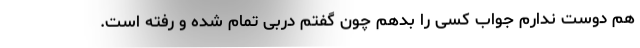
هم دوست ندارم جواب کسی را بدهم چون گفتم دربی تمام شده و رفته است.